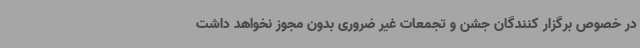
در خصوص برگزار کنندگان جشن و تجمعات غیر ضروری بدون مجوز نخواهد داشت